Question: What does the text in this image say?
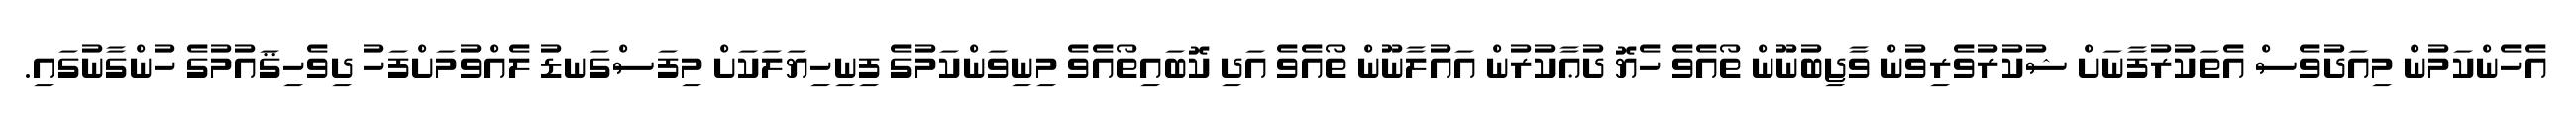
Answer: އެހެންކަމުން މިއަދުވެސް އެތަކުރުފާނަށް ޝުކުރުވެރިވުން ވާޖިބުނޫން ތޯއެވެ ހެޔޮ ދުޢާކުރުން އައުލާނޫން ތޯއެވެ އަދި ކޮބައިތޯއެވެ މިނިވަންކަމުގެ ފިނިހިޔަލަކަށް މިފަސްގަނޑު ލެއްވުމަށްފަހު ދިވެހިޤައުމުގެ ހުންގާނުގައި.